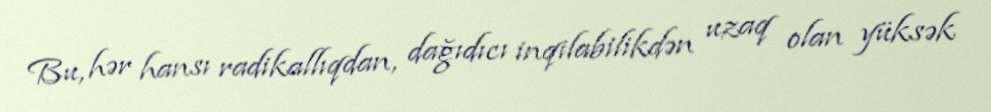
Bu, hər hansı radikallıqdan, dağıdıcı inqilabilikdən uzaq olan yüksək